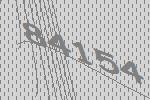
84154